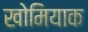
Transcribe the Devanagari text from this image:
खोमियाक